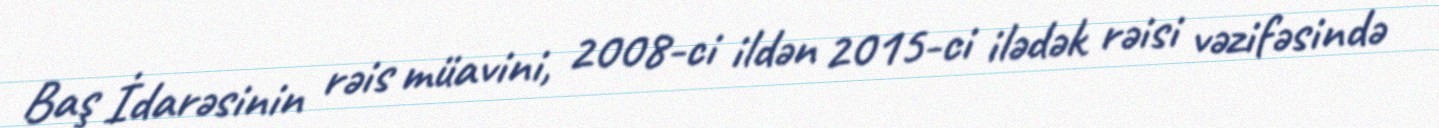
Baş İdarəsinin rəis müavini, 2008-ci ildən 2015-ci ilədək rəisi vəzifəsində